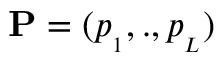
{ \bf P } = ( p _ { { } _ { 1 } } , . , p _ { { } _ { L } } )